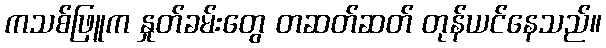
ကသစ်ဖြူက နှုတ်ခမ်းတွေ တဆတ်ဆတ် တုန်ယင်နေသည်။